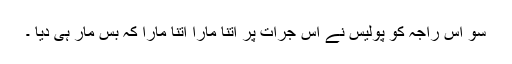
سو اس راجہ کو پولیس نے اس جرات پر اتنا مارا اتنا مارا کہ بس مار ہی دیا ۔